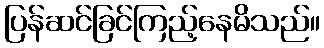
ပြန်ဆင်ခြင်ကြည့်နေမိသည်။